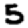
Digit: 5